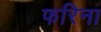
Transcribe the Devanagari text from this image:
फरिना